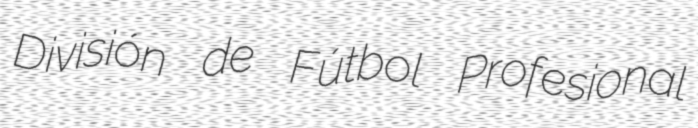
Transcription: División de Fútbol Profesional